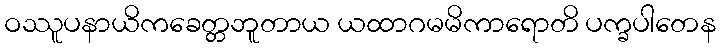
ဝဿူပနာယိကခေတ္တဘူတာယ ယထာဂမမိကာရောတိ ပက္ခပါတေန